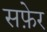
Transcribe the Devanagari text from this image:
सफ़ेर